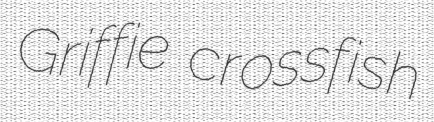
Griffie crossfish